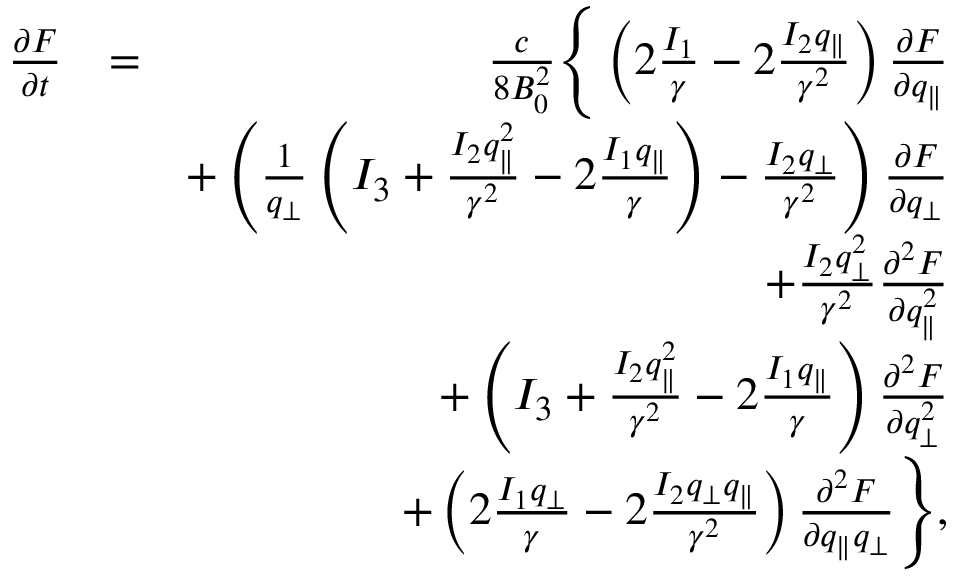
\begin{array} { r l r } { \frac { \partial F } { \partial t } } & { = } & { \frac { c } { 8 B _ { 0 } ^ { 2 } } \Bigg \lbrace \left( 2 \frac { I _ { 1 } } { \gamma } - 2 \frac { I _ { 2 } q _ { \parallel } } { \gamma ^ { 2 } } \right) \frac { \partial F } { \partial q _ { \parallel } } } \\ & { } & { + \left( \frac { 1 } { q _ { \perp } } \left( I _ { 3 } + \frac { I _ { 2 } q _ { \parallel } ^ { 2 } } { \gamma ^ { 2 } } - 2 \frac { I _ { 1 } q _ { \parallel } } { \gamma } \right) - \frac { I _ { 2 } q _ { \perp } } { \gamma ^ { 2 } } \right) \frac { \partial F } { \partial q _ { \perp } } } \\ & { } & { + \frac { I _ { 2 } q _ { \perp } ^ { 2 } } { \gamma ^ { 2 } } \frac { \partial ^ { 2 } F } { \partial q _ { \parallel } ^ { 2 } } } \\ & { } & { + \left( I _ { 3 } + \frac { I _ { 2 } q _ { \parallel } ^ { 2 } } { \gamma ^ { 2 } } - 2 \frac { I _ { 1 } q _ { \parallel } } { \gamma } \right) \frac { \partial ^ { 2 } F } { \partial q _ { \perp } ^ { 2 } } } \\ & { } & { + \left( 2 \frac { I _ { 1 } q _ { \perp } } { \gamma } - 2 \frac { I _ { 2 } q _ { \perp } q _ { \parallel } } { \gamma ^ { 2 } } \right) \frac { \partial ^ { 2 } F } { \partial q _ { \parallel } q _ { \perp } } \Bigg \rbrace , } \end{array}